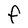
Character: F